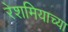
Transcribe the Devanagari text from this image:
रेशमियाच्या